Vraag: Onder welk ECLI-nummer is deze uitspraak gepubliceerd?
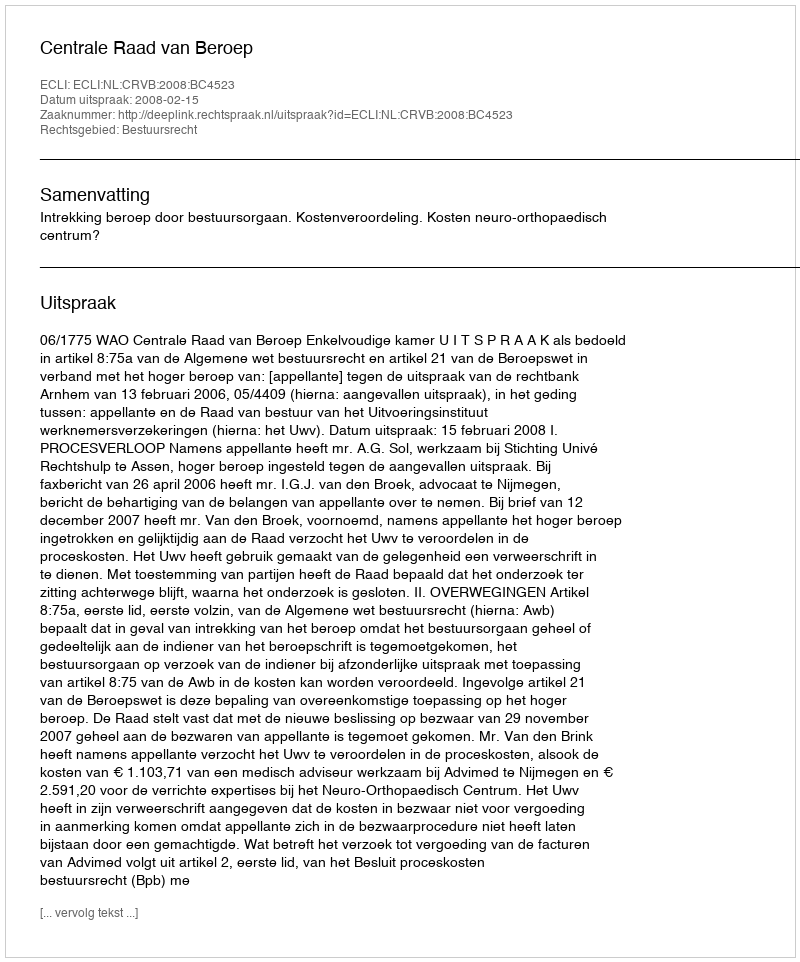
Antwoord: ECLI:NL:CRVB:2008:BC4523